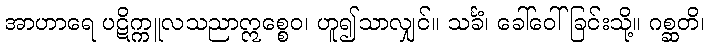
အာဟာရေ ပဋိက္ကူလသညာဣစ္စေဝ၊ ဟူ၍သာလျှင်။ သင်္ခံ၊ ခေါ်ဝေါ်ခြင်းသို့။ ဂစ္ဆတိ၊